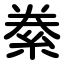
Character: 絭